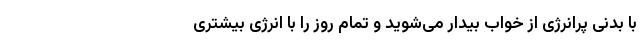
با بدنی پرانرژی از خواب بیدار می‌شوید و تمام روز را با انرژی بیشتری